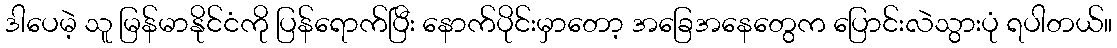
ဒါပေမဲ့ သူ မြန်မာနိုင်ငံကို ပြန်ရောက်ပြီး နောက်ပိုင်းမှာတော့ အခြေအနေတွေက ပြောင်းလဲသွားပုံ ရပါတယ်။